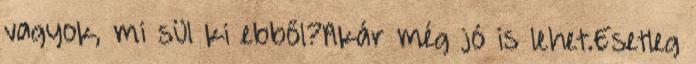
vagyok, mi sül ki ebből?Akár még jó is lehet.Esetleg